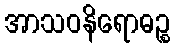
အာသဝနိရောဓဉ္စ